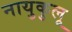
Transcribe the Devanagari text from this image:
नायुकुलू